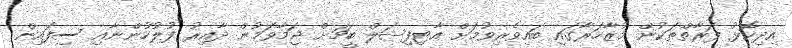
އިދިކޮޅު ފަރާތްތަކުން މުޒާހަރާގައި ބައިވެރިވުމަށް އާޓިފިޝަލް ބީޗަށް ޖަމާވަމުން ދާއިރު ފުލުހުންނާއި ސިފައިން